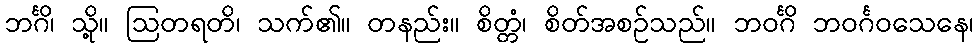
ဘင်္ဂိ၊ သို့။ ဩတရတိ၊ သက်၏။ တနည်း။ စိတ္တံ၊ စိတ်အစဉ်သည်။ ဘဝင်္ဂိ ဘဝင်္ဂဝသေနေ၊